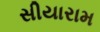
સીયારામ